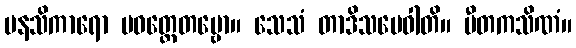
မနသိကာရော ပဝတ္တေတဗ္ဗော။ သေသံ တာဒိသမေဝါတိ။ ပီတကသိဏံ။